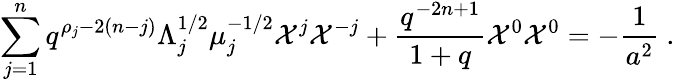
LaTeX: \sum_{j=1}^{n}q^{\rho_{j}-2(n-j)}\Lambda_{j}^{1/2}\mu_{j}^{-1/2}{\cal X}^{j}{\cal X}^{-j}+\frac{q^{-2n+1}}{1+q}{\cal X}^{0}{\cal X}^{0}=-\frac{1}{a^{2}}~.